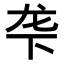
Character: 𬻓